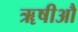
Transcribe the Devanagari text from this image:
ॠषीऔ